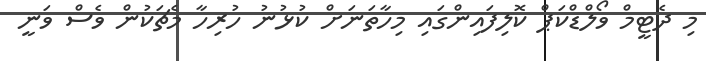
މި ދެޓީމް ވޯލްޑްކަޕް ކޮލިފައިންގައި މިހާތަނަށް ކުޅުނު ހުރިހާ މެޗަކުން ވެސް ވަނީ